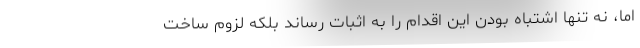
اما، نه تنها اشتباه بودن این اقدام را به اثبات رساند بلکه لزوم ساخت